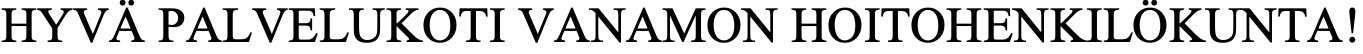
HYVÄ PALVELUKOTI VANAMON  HOITOHENKILÖKUNTA!